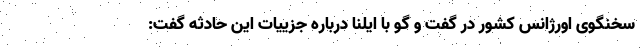
سخنگوی اورژانس کشور در گفت و گو با ایلنا درباره جزییات این حادثه گفت: